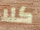
كلا